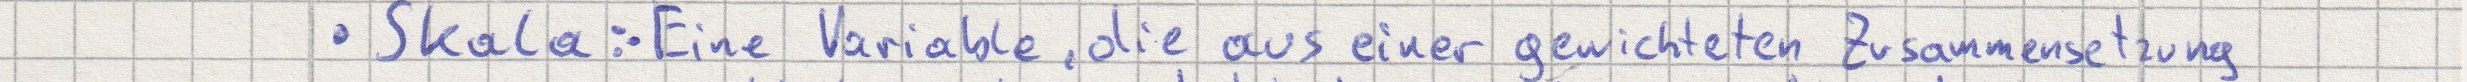
- Skala: - Eine Variable, die aus einer gewichteten Zusammensetzung